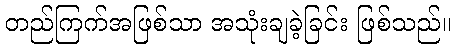
တည်ကြက်အဖြစ်သာ အသုံးချခဲ့ခြင်း ဖြစ်သည်။